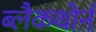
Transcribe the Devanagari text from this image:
ब्लैकथोर्न